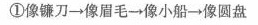
①像镰刀→像眉毛→像小船→像圆盘②像眉毛→像小船→像镰刀→像圆盘